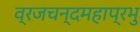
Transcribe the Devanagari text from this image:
व्रजचन्दमहाप्रभु